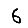
Digit: 6